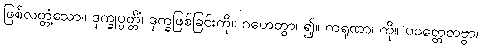
ဖြစ်လတ္တံ့သော။ ဒုက္ခုပ္ပတ္တိံ၊ ဒုက္ခဖြစ်ခြင်းကို။ ဂဟေတွာ၊ ၍။ ကရုဏာ၊ ကို။ ပဝတ္တေတဗ္ဗာ၊